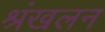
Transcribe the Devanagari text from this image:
श्रंखलन